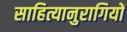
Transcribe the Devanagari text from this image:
साहित्यानुरागियों